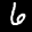
Label: 6